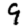
Digit: 9